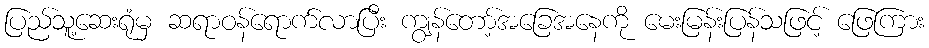
ပြည်သူ့ဆေးရုံမှ ဆရာဝန်ရောက်လာပြီး ကျွန်တော့်အခြေအနေကို မေးမြန်းပြန်သဖြင့် ဖြေကြား